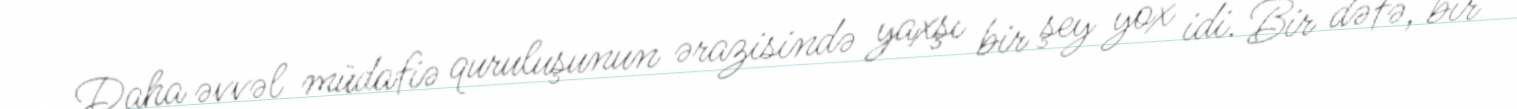
Daha əvvəl müdafiə quruluşunun ərazisində yaxşı bir şey yox idi. Bir dəfə, bir